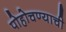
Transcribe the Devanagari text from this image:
पोहोचण्याची